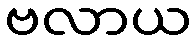
ဗလာယ